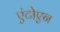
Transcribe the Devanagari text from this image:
एंटोएन